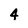
Character: 4